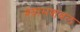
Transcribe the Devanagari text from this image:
श्यामशबल